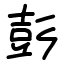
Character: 彭